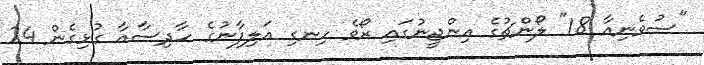
"ސުވެނިއާ 18" ލޯންޗުގެ އިންޖީނުގައި ރޯވެ ހިނގި އަލިފާނުގެ ހާދިސާއާ ގުޅިގެން 24